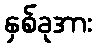
နှစ်ခုအား